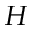
H